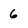
Character: 6